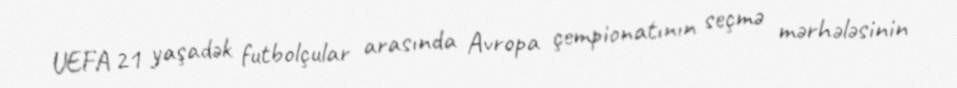
UEFA 21 yaşadək futbolçular arasında Avropa çempionatının seçmə mərhələsinin